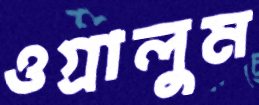
ওগ্‌রালুম